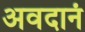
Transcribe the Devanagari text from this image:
अवदानं